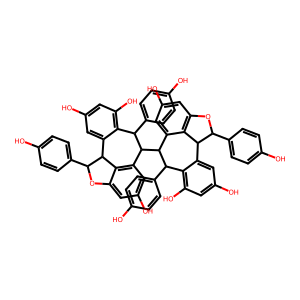
SMILES: Oc1ccc(C2Oc3cc(O)cc4c3C2c2cc(O)cc(O)c2C(c2ccc(O)cc2)C4C2c3cc(O)cc4c3C(c3cc(O)cc(O)c3C2c2ccc(O)cc2)C(c2ccc(O)cc2)O4)cc1
Inhibits HIV replication: No